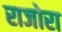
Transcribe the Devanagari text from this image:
राजोरा